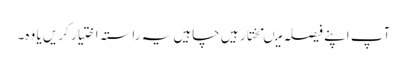
آپ اپنے فیصلہ میںمختار ہیں چاہیں یہ راستہ اختیار کریں یا وہ۔